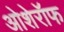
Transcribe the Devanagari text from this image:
ओशेरॉफ